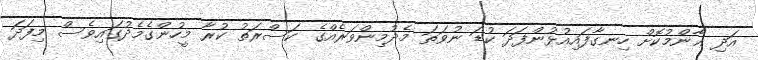
އަދި ޢާންމުކޮށް ހިނގާފައިއުޅުންފަދަ ކުޑަ ނުވަތަ މެދުމިންވަރެއްގެ ކަސްރަތު ކުރާ މީހުންގެމެދުގައިވެސް މިފަދަ